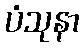
ပံသုနာ